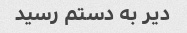
دیر به دستم رسید